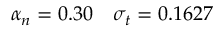
\alpha _ { n } = 0 . 3 0 \quad \sigma _ { t } = 0 . 1 6 2 7